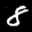
Label: 8